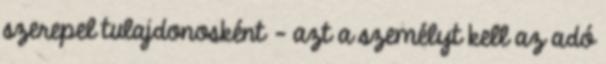
szerepel tulajdonosként – azt a személyt kell az adó